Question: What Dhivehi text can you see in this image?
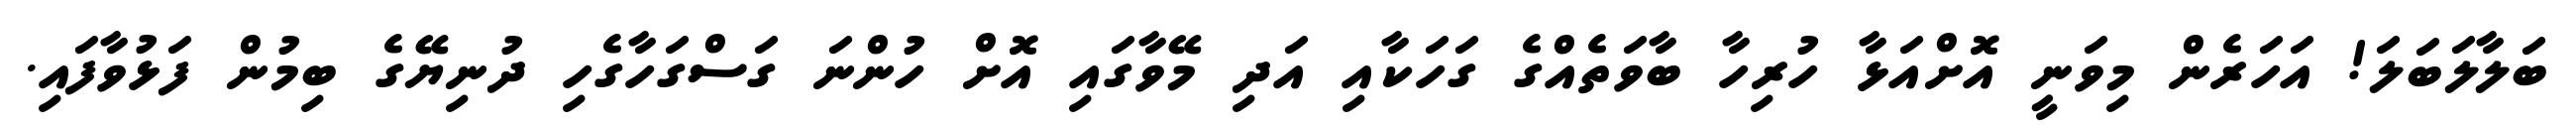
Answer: ބަލާލަބަލަ! އަހަރެން މިވަނީ އޮށްއަޅާ ހުރިހާ ބާވަތެއްގެ ގަހަކާއި އަދި މޭވާގައި އޮށް ހުންނަ ގަސްގަހާގެހި ދުނިޔޭގެ ބިމުން ފަޅުވާފައި.